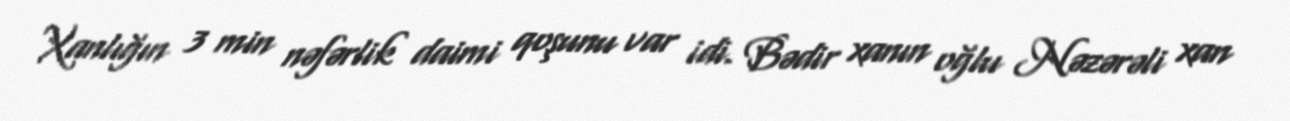
Xanlığın 3 min nəfərlik daimi qoşunu var idi. Bədir xanın oğlu Nəzərəli xan